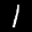
Label: 1